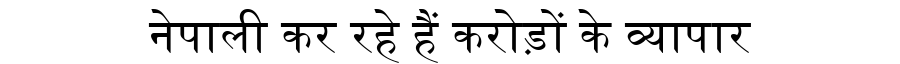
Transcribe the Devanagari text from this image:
नेपाली कर रहे हैं करोड़ों के व्यापार